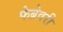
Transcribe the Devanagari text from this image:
फेब्रेवरी